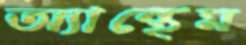
অ্যান্থেম